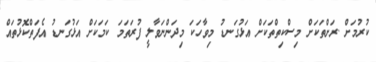
ކުރުމަށް .ރަށްތަކަށް މިސްކިތްތަކަށް އަޅުގަނޑު މިވާހަކަ މިދަންނަވާލީ ފުރަތަމަ ކަމަކަށް އަޅުގަނޑު އެފަތްކޮޅުތައް